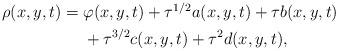
LaTeX: \begin{align*}\begin{aligned}\rho(x,y,t)={} & \varphi(x,y,t)+\tau^{1/2}a(x,y,t)+\tau b(x,y,t) \\& +\tau^{3/2}c(x,y,t)+\tau^{2}d(x,y,t),\end{aligned}\end{align*}